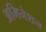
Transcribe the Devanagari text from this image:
अमिनेशन